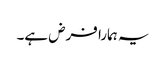
یہ ہمارا فرض ہے۔